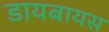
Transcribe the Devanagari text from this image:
डायबायस